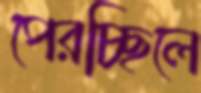
পেরচ্ছিলে